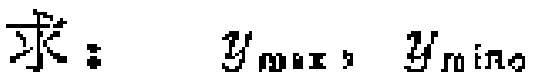
求：$y_{\max}, y_{\min}$